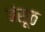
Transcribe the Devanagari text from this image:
बंसूठ